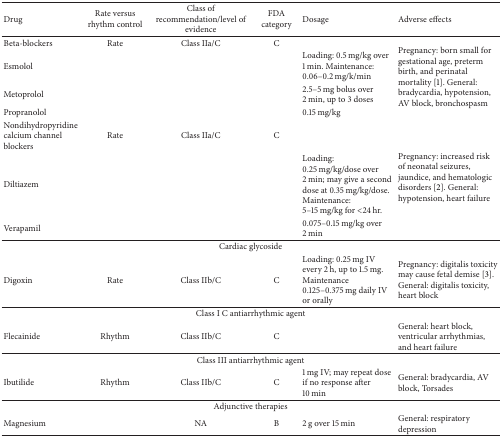
| Drug | Rate versus rhythm control | Class of recommendation/level of evidence | FDA category | Dosage | Adverse effects |
 | --- | --- | --- | --- | --- | --- |
 | Beta-blockers | Rate | Class IIa/C | C |  | <ROWSPAN=4> Pregnancy: born small for gestational age, preterm birth, and perinatal mortality [1]. General: bradycardia, hypotension, AV block, bronchospasm |
 | Esmolol |  |  |  | Loading: 0.5 mg/kg over 1 min. Maintenance: 0.06–0.2 mg/k/min |
 | Metoprolol |  |  |  | 2.5–5 mg bolus over 2 min, up to 3 doses |
 | Propranolol |  |  |  | 0.15 mg/kg |
 | Nondihydropyridine calcium channel blockers | Rate | Class IIa/C | C |  | <ROWSPAN=3> Pregnancy: increased risk of neonatal seizures, jaundice, and hematologic disorders [2]. General: hypotension, heart failure |
 | Diltiazem |  |  |  | Loading: 0.25 mg/kg/dose over 2 min; may give a second dose at 0.35 mg/kg/dose. Maintenance: 5–15 mg/kg for <24 hr. |
 | Verapamil |  |  |  | 0.075–0.15 mg/kg over 2 min |
 | <COLSPAN=6> Cardiac glycoside |
 | Digoxin | Rate | Class IIb/C | C | Loading: 0.25 mg IV every 2 h, up to 1.5 mg. Maintenance 0.125–0.375 mg daily IV or orally | Pregnancy: digitalis toxicity may cause fetal demise [3]. General: digitalis toxicity, heart block |
 | <COLSPAN=6> Class I C antiarrhythmic agent |
 | Flecainide | Rhythm | Class IIb/C | C |  | General: heart block, ventricular arrhythmias, and heart failure |
 | <COLSPAN=6> Class III antiarrhythmic agent |
 | Ibutilide | Rhythm | Class IIb/C | C | 1 mg IV; may repeat dose if no response after 10 min | General: bradycardia, AV block, Torsades |
 | <COLSPAN=6> Adjunctive therapies |
 | Magnesium |  | NA | B | 2 g over 15 min | General: respiratory depression |